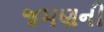
જમણની